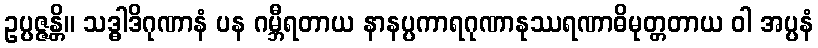
ဥပ္ပဇ္ဇန္တိ။ သဒ္ဓါဒိဂုဏာနံ ပန ဂမ္ဘီရတာယ နာနပ္ပကာရဂုဏာနုဿရဏာဓိမုတ္တတာယ ဝါ အပ္ပနံ